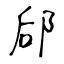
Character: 郈